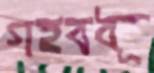
গহবধূ